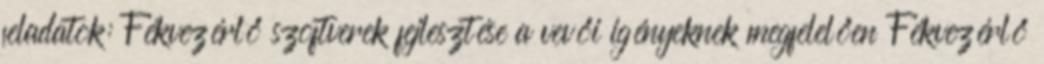
feladatok: Fékvezérlő szoftverek fejlesztése a vevői igényeknek megfelelően Fékvezérlő